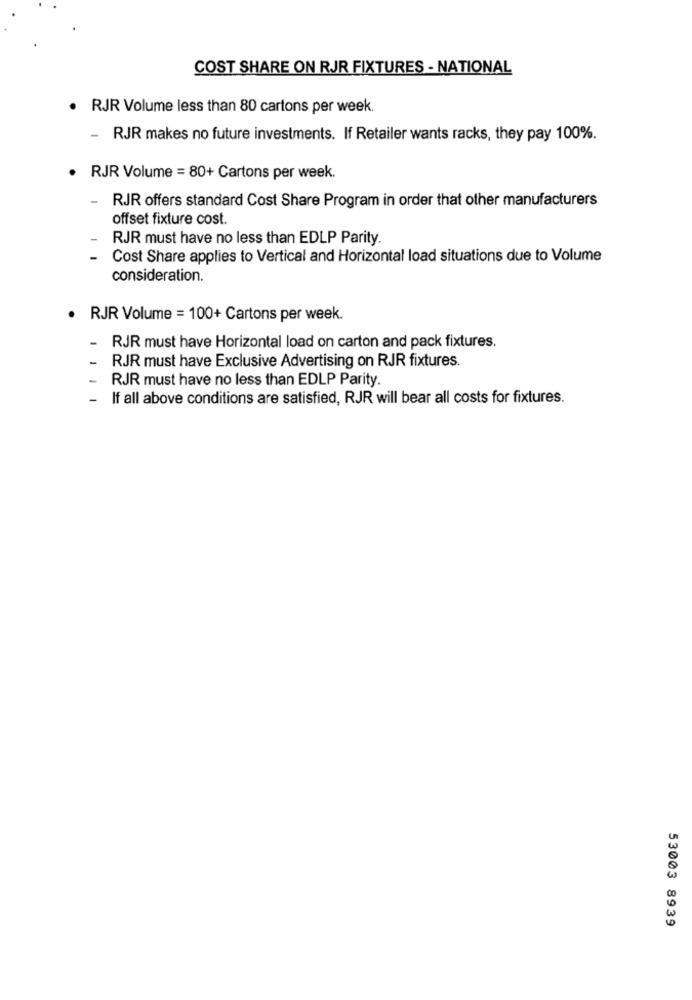
COST SHARE ON RJR FIXTURES - NATIONAL
. RJR Volume less than 80 cartons per week.
-
RJR makes no future investments. If Retailer wants racks, they pay 100%.
RJR Volume = 80+ Cartons per week.
-
RJR offers standard Cost Share Program in order that other manufacturers
offset fixture cost.
RJR must have no less than EDLP Parity.
Cost Share applies to Vertical and Horizontal load situations due to Volume
consideration.
· RJR Volume = 100+ Cartons per week.
RJR must have Horizontal load on carton and pack fixtures.
RJR must have Exclusive Advertising on RJR fixtures.
1
RJR must have no less than EDLP Parity.
-
If all above conditions are satisfied, RJR will bear all costs for fixtures.
53003 8939